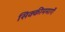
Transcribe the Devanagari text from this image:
सिक्कीममार्गे